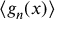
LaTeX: \langle g _ { n } ( x ) \rangle